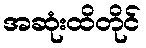
အဆုံးထိတိုင်